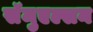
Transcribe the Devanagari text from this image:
सॅमुएल्सन